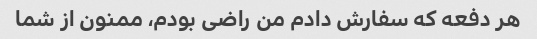
هر دفعه که سفارش دادم من راضی بودم، ممنون از شما